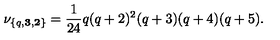
\nu _ { \{ q , { \bf 3 } , { \bf 2 } \} } = { \frac { 1 } { 2 4 } } q ( q + 2 ) ^ { 2 } ( q + 3 ) ( q + 4 ) ( q + 5 ) .